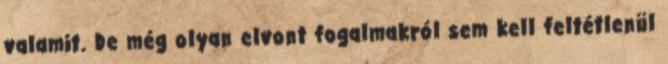
valamit. De még olyan elvont fogalmakról sem kell feltétlenül